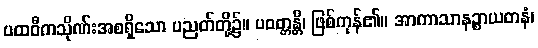
ပထဝီကသိုဏ်းအစရှိသော ပညတ်တို့၌။ ပဝတ္တန္တိ၊ ဖြစ်ကုန်၏။ အာကာသာနဉ္စာယတနံ၊